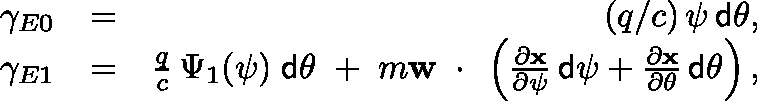
\begin{array} { r l r } { \gamma _ { E 0 } } & { = } & { ( q / c ) \, \psi \, { \sf d } \theta , } \\ { \gamma _ { E 1 } } & { = } & { \frac { q } { c } \, \Psi _ { 1 } ( \psi ) \; { \sf d } \theta \; + \; m { \bf w } \, \mathrm { \boldmath ~ \cdot ~ } \, \left( \frac { \partial \bf x } { \partial \psi } \, { \sf d } \psi + \frac { \partial \bf x } { \partial \theta } \, { \sf d } \theta \right) , } \end{array}